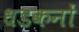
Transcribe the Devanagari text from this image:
धडकनों